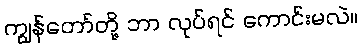
ကျွန်တော်တို့ ဘာ လုပ်ရင် ကောင်းမလဲ။